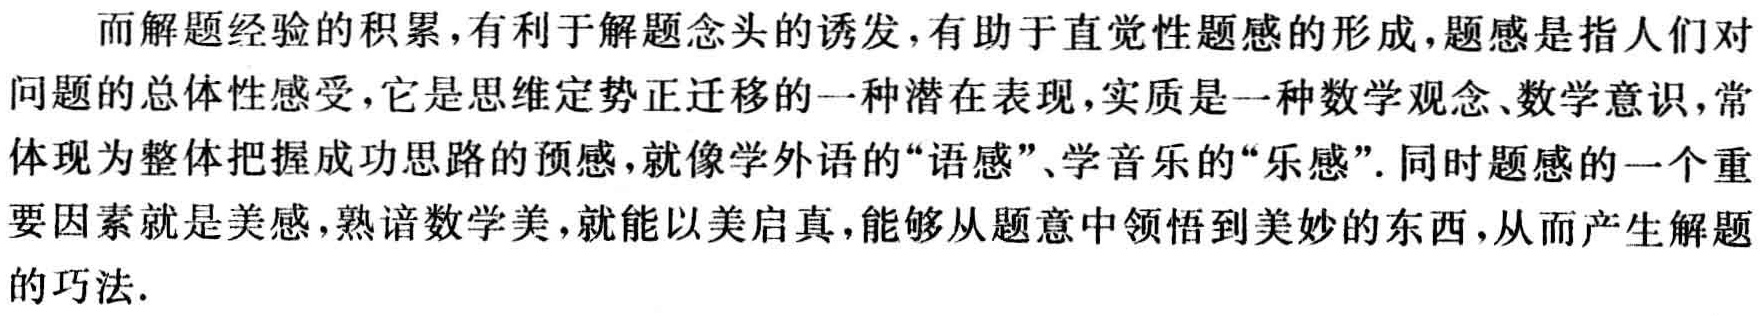
而解题经验的积累，有利于解题念头的诱发，有助于直觉性题感的形成，题感是指人们对
问题的总体性感受，它是思维定势正迁移的一种潜在表现，实质是一种数学观念、数学意识，常
体现为整体把握成功思路的预感，就像学外语的“语感”、学音乐的“乐感”. 同时题感的一个重
要因素就是美感，熟谙数学美，就能以美启真，能够从题意中领悟到美妙的东西，从而产生解题
的巧法.